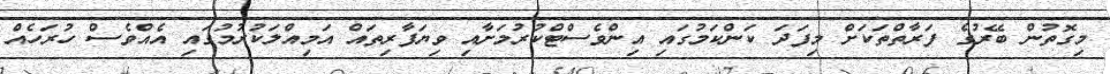
މިގޮތުން ބޭރުގެ ފަރާތްތަކަށް މިފަދަ ކަންކަމުގައި އިންވެސްޓްކުރުމަށާއި ވިޔަފާރިތައް އަމިއްލަކުރުމުގައި އެއްވެސް ހުރަހެއް